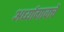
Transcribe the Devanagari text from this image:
अर्ध्यागावाचे